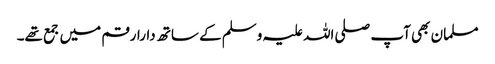
مسلمان بھی آپ صلی اللہ علیہ وسلم کے ساتھ دارارقم میں جمع تھے۔